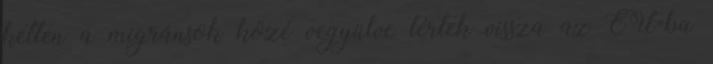
ketten a migránsok közé vegyülve tértek vissza az EU-ba